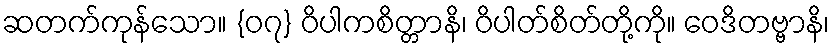
ဆတက်ကုန်သော။ {၀၇} ဝိပါကစိတ္တာနိ၊ ဝိပါတ်စိတ်တို့ကို။ ဝေဒိတဗ္ဗာနိ၊